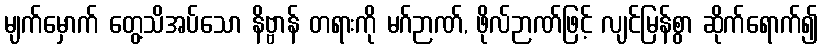
မျက်မှောက် တွေ့သိအပ်သော နိဗ္ဗာန် တရားကို မဂ်ဉာဏ်, ဖိုလ်ဉာဏ်ဖြင့် လျင်မြန်စွာ ဆိုက်ရောက်၍